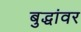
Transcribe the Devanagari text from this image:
बुद्धांवर